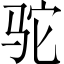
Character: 驼